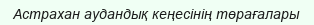
Астрахан аудандық кеңесінің төрағалары